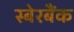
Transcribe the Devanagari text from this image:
स्बेरबैंक